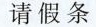
请假条